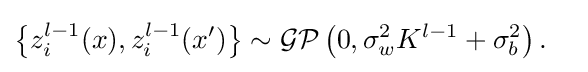
{\begin{aligned}\left\{z_{i}^{l-1}(x),z_{i}^{l-1}(x')\right\}&\sim {\mathcal {GP}}\left(0,\sigma _{w}^{2}K^{l-1}+\sigma _{b}^{2}\right).\end{aligned}}